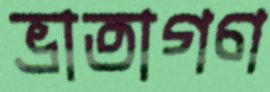
ভ্রাতাগণ